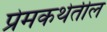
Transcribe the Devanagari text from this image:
प्रेमकथेतील